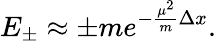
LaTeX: E_{\pm}\approx\pm me^{-\frac{\mu^{2}}{m}\Delta x}.